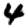
Digit: 4